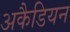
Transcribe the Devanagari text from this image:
अकैडियन